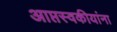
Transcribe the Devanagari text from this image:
आप्तस्वकीयांना